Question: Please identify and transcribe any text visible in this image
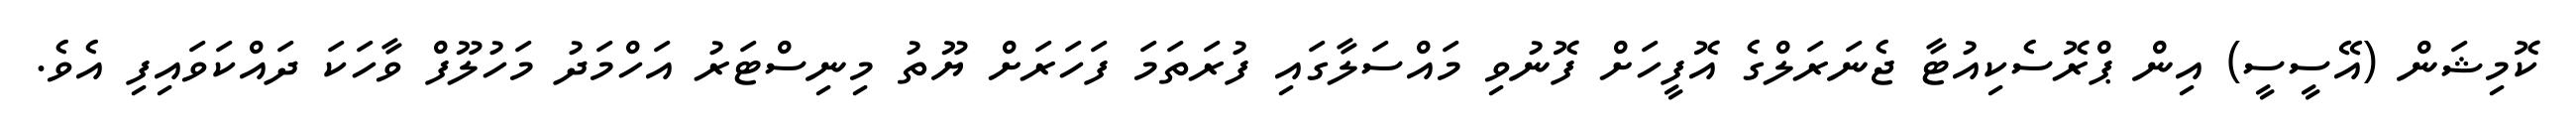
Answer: ކޮމިޝަން (އޭސީސީ) އިން ޕްރޮސެކިއުޓާ ޖެނަރަލްގެ އޮފީހަށް ފޮނުވި މައްސަލާގައި ފުރަތަމަ ފަހަރަށް ޔޫތު މިނިސްޓަރު އަހްމަދު މަހުލޫފް ވާހަކަ ދައްކަވައިފި އެވެ.